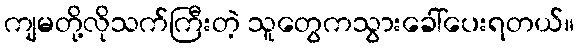
ကျမတို့လိုသက်ကြီးတဲ့ သူတွေကသွားခေါ်ပေးရတယ်။